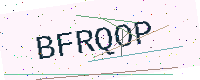
Text: BFRQOP